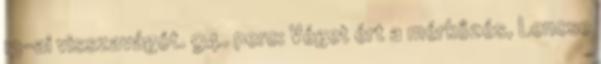
13-ai visszavágót. 94. perc: Véget ért a mérkőzés, Lencse